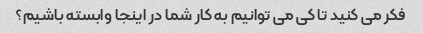
فکر می کنید تا کی می توانیم به کار شما در اینجا وابسته باشیم؟